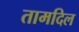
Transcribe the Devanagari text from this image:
तामदिल